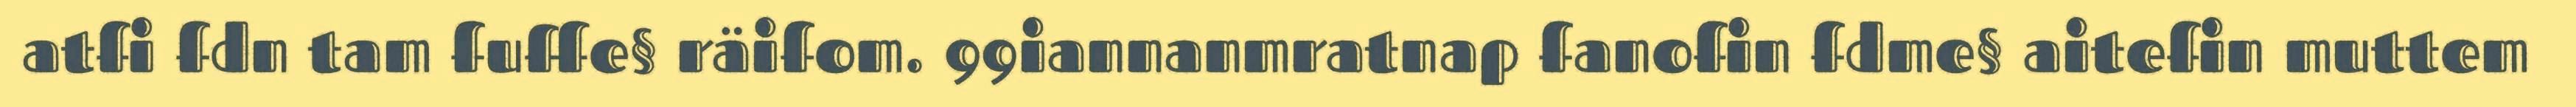
atfi fdn tam fuffe§ räifom. 99iannanmratnap fanofin fdme§ aitefin muttem